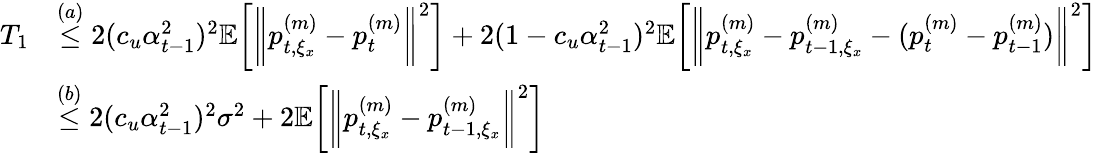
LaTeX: \begin{array}{rl}{T_{1}}&{\overset{(a)}{\leq}2(c_{u}\alpha_{t-1}^{2})^{2}\mathbb{E}\bigg[\bigg\| p_{t,\xi_{x}}^{(m)}-p_{t}^{(m)}\bigg\| ^{2}\bigg]+2(1-c_{u}\alpha_{t-1}^{2})^{2}\mathbb{E}\bigg[\bigg\| p_{t,\xi_{x}}^{(m)}-p_{t-1,\xi_{x}}^{(m)}-(p_{t}^{(m)}-p_{t-1}^{(m)})\bigg\| ^{2}\bigg]}\\ &{\overset{(b)}{\leq}2(c_{u}\alpha_{t-1}^{2})^{2}\sigma^{2}+2\mathbb{E}\bigg[\bigg\| p_{t,\xi_{x}}^{(m)}-p_{t-1,\xi_{x}}^{(m)}\bigg\| ^{2}\bigg]}\end{array}